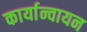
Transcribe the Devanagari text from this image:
कार्यान्वायन